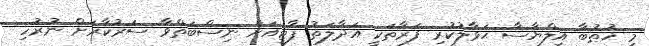
މި ޚުޠުބާ އިލްޔާސާ ޙަވާލުކުރި ފަރާތަކީ އަދާލަތު ޕާޓީއަށް ނިސްބަތްވާ ސަރުކާރަށް ނުރުހި